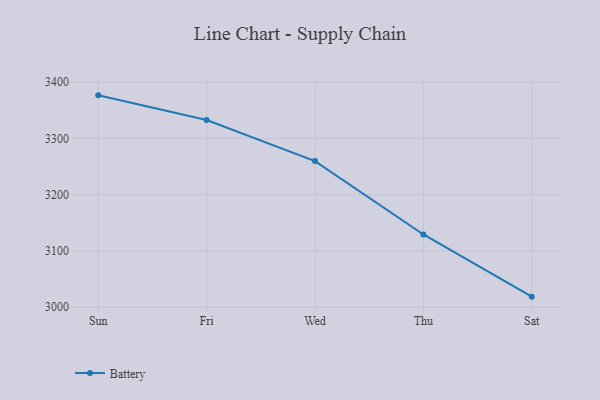
{"axis": {"x": "Day", "y": "Backlog"}, "legend": ["Battery"], "data": [{"x": "Sun", "y": 3376.4, "type": "Battery"}, {"x": "Fri", "y": 3332.6, "type": "Battery"}, {"x": "Wed", "y": 3259.6, "type": "Battery"}, {"x": "Thu", "y": 3129.3, "type": "Battery"}, {"x": "Sat", "y": 3018.9, "type": "Battery"}]}